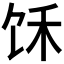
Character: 𲋣